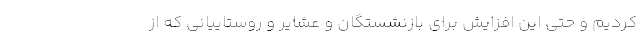
کردیم و حتی این افزایش برای بازنشستگان و عشایر و روستاییانی که از